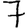
Digit: 7